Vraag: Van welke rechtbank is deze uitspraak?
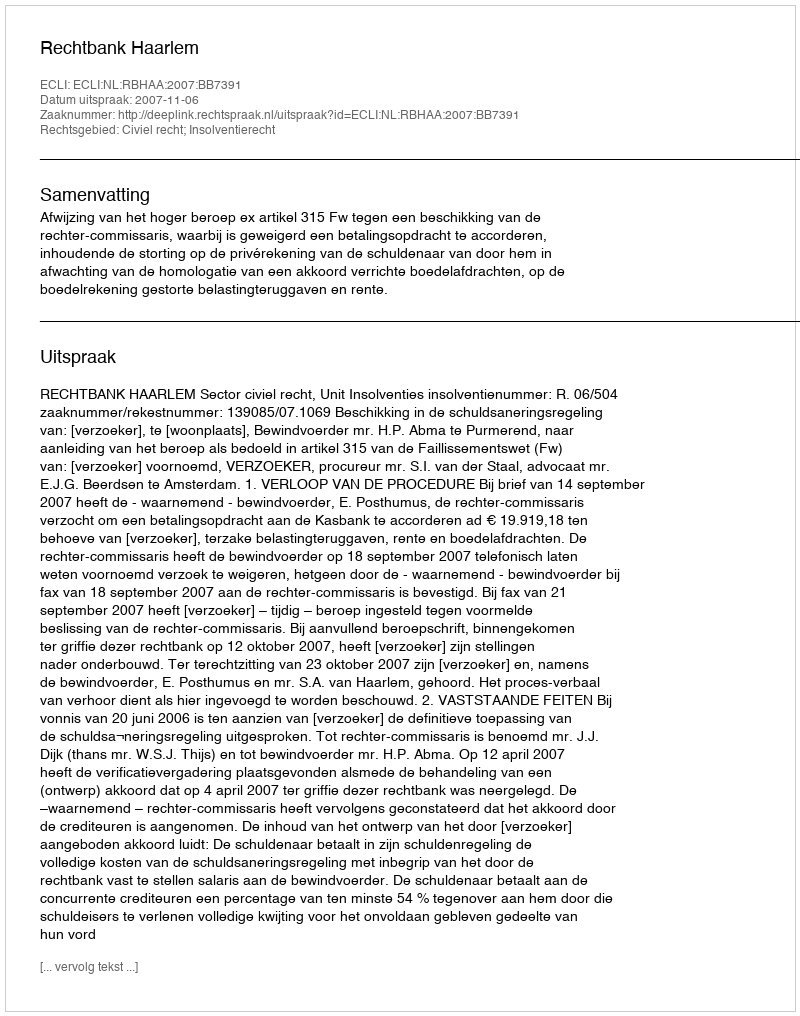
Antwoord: Rechtbank Haarlem